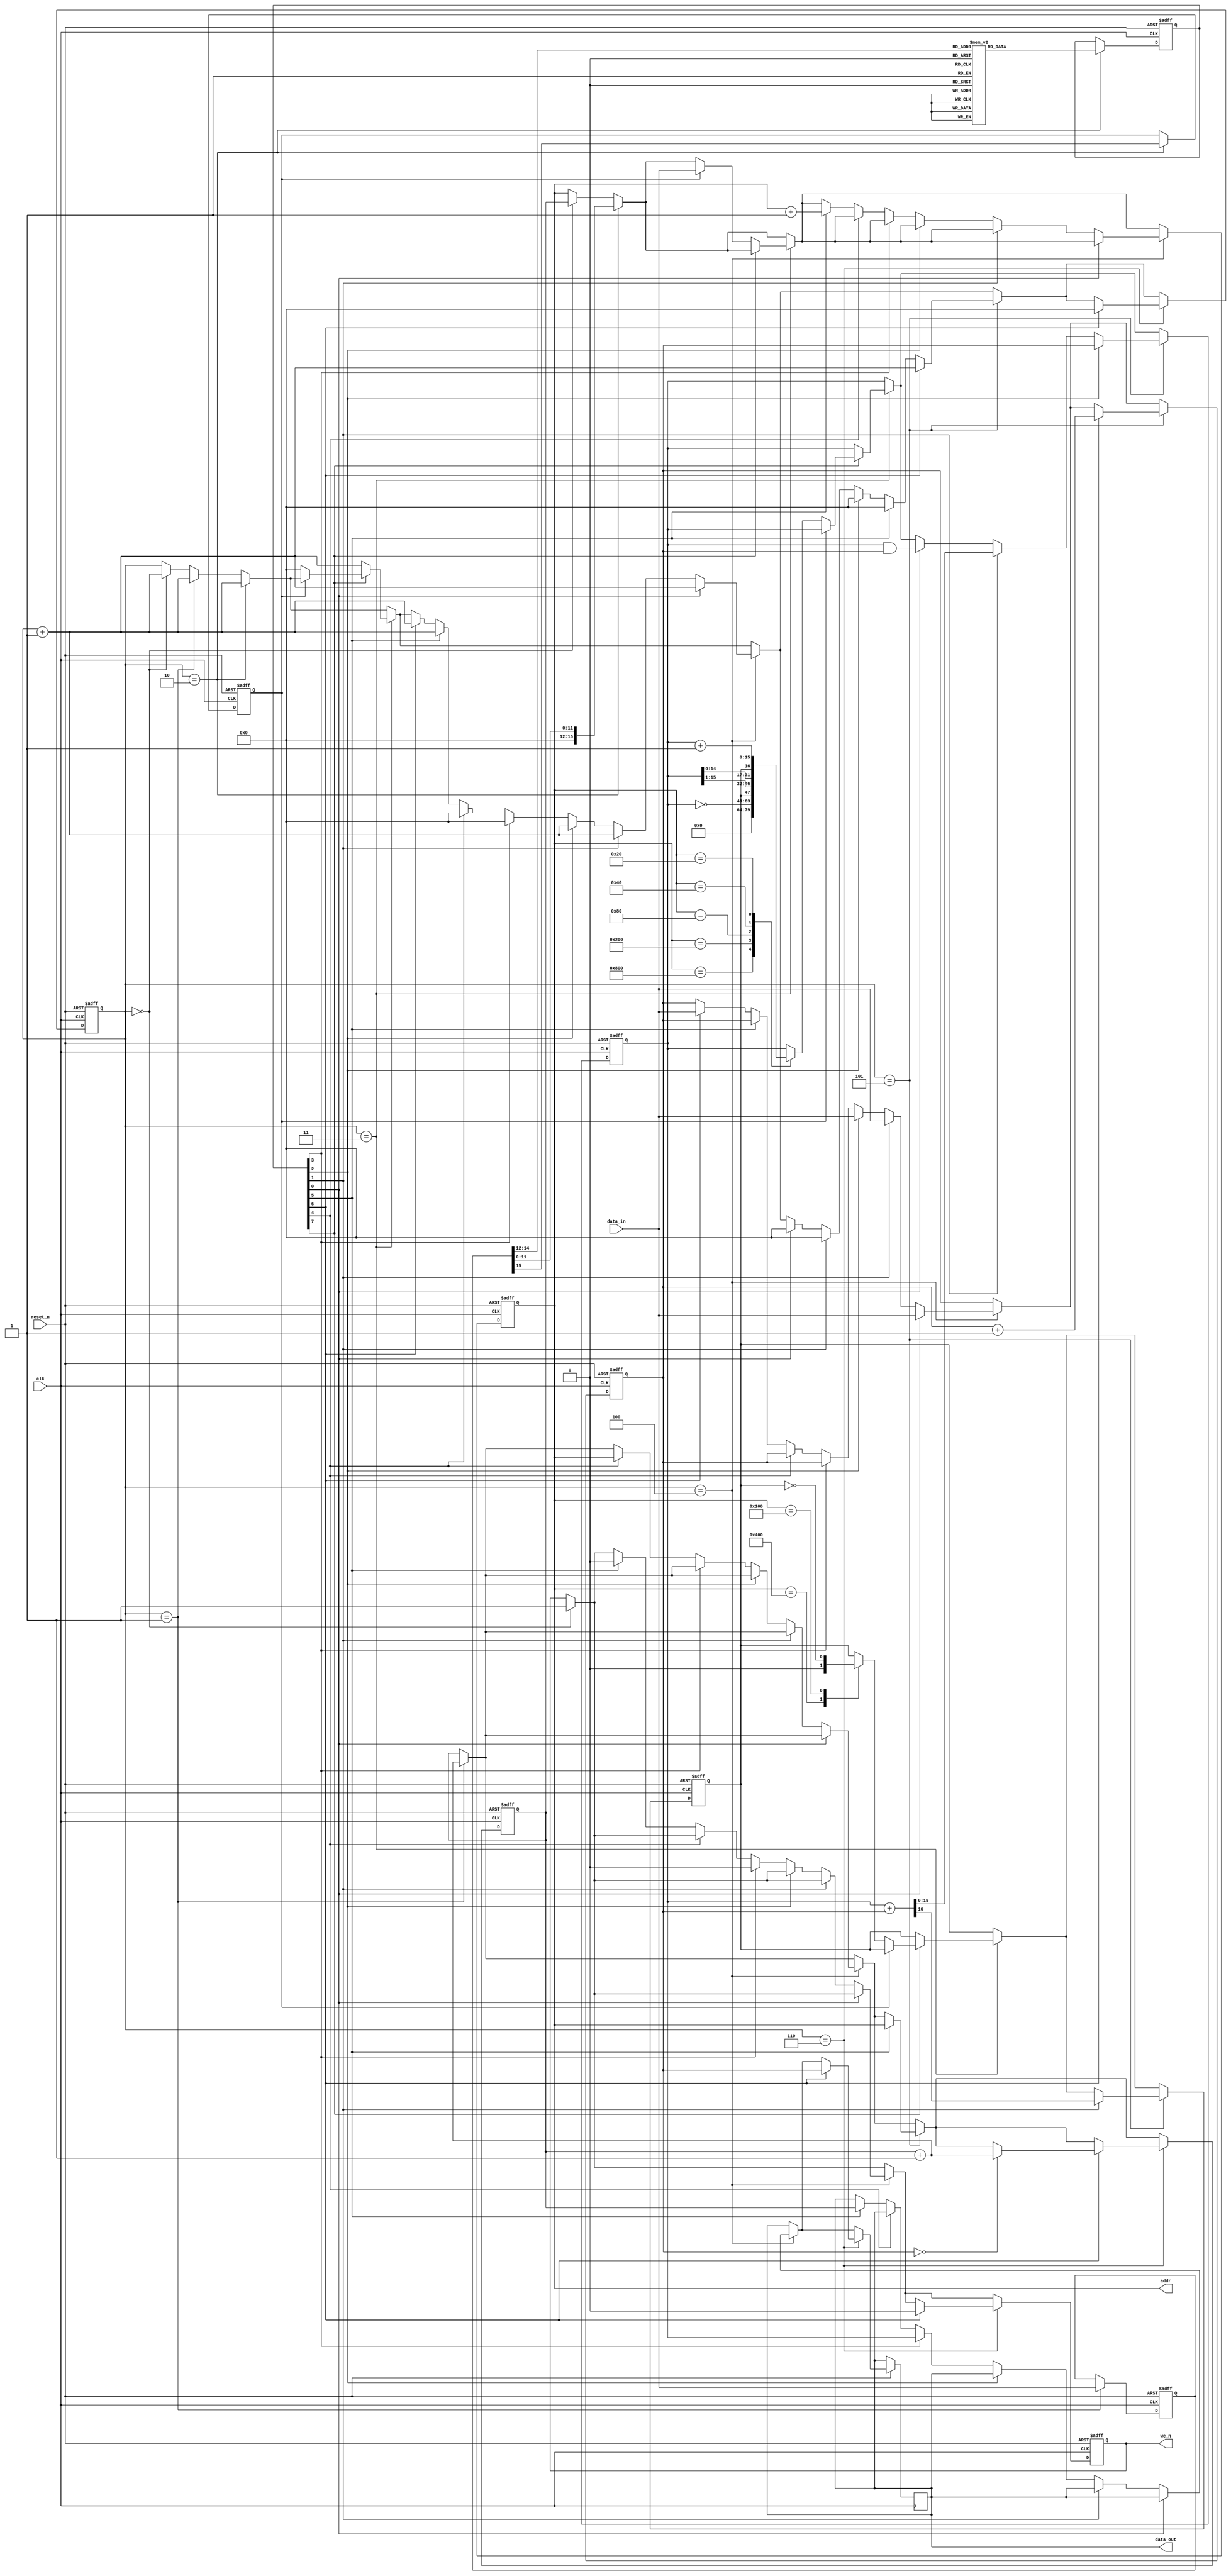
module cpu
#(
    parameter ADDR_WIDTH = 16,
    parameter DATA_WIDTH = 16
)
(
    input clk,
    input reset_n,
    input [DATA_WIDTH-1:0] data_in,
    output [ADDR_WIDTH-1:0] addr,
    output [DATA_WIDTH-1:0] data_out,
    output we_n
);
   
//define reg here
reg [15:0] AR, DR, IR, PC, AC;
reg I, E, r_we_n;
reg [7:0] D;
reg [3:0] SC;
reg [15:0] r_data_out;
//define reg done.

//assign here. make sure that you have to assign your output and reg.
assign we_n = r_we_n;
assign addr = AR; 
assign data_out = r_data_out;
//assign end.

always @(posedge clk or negedge reset_n)begin

if(!reset_n)begin
//initialize registers.
    AR <= 16'd0;
    DR <= 16'd0;
    IR <= 16'd0;
    PC <= 16'd0;
    AC <= 16'd0;
    I <= 1'b0;
    E <= 1'b0;
    D <= 4'd0;
    SC <= 4'd0;
    r_we_n <= 1'b1; //defalt : read
end
else begin

    if(SC == 4'b0000)begin //T0
        r_we_n <= 1'b1; //defalt : read
        AR <= PC;
        SC <= SC + 1;
    end
    
    if(SC == 4'b0001)begin //T1
        IR <= data_in;
        PC <= PC + 1;
        SC <= SC + 1;
    end
    
    if(SC == 4'b0010)begin //T2
        I <= IR[15];
        AR <= IR[11:0];
        case(IR[14:12]) //decoder
            3'b000 : D <= 8'b00000001;
            3'b001 : D <= 8'b00000010;
            3'b010 : D <= 8'b00000100;
            3'b011 : D <= 8'b00001000;
            3'b100 : D <= 8'b00010000;
            3'b101 : D <= 8'b00100000;
            3'b110 : D <= 8'b01000000;
            3'b111 : D <= 8'b10000000;
            default : D <= 8'b00000000;
        endcase
        SC <= SC + 1;   
    end
    
    if(SC == 4'b0011)begin //T3
    
        if(D[7] == 1'b0)begin //memory reference instructions
            if(I == 1'b0)begin //direct addressing mode
                SC <= SC + 1;
            end 
            else if(I == 1'b1)begin
                AR <= data_in;
                SC <= SC + 1;
            end
        end
        else if(D[7] == 1'b1)begin //register reference instructions
            if(I == 1'b0)begin
                case(AR)
                    16'h800 : AC <= 16'd0;        //CLA
                    16'h400 : E <= 1'b0;          //CLE
                    16'h200 : AC <= ~AC;          //CMA
                    16'h100 : E <= ~E;            //CME
                    16'h080 : AC <= {E,AC[15:1]}; //CIR
                    16'h040 : AC <= {AC[14:0],E}; //CIL
                    16'h020 : AC <= AC + 1;       //INC
                endcase
                SC <= 0;
            end
            else if(I == 1'b1)begin
                //input-output instructions
            end
        end
    end
    
    if(SC == 4'b0100)begin //T4
        if(D[0] == 1'b1)begin //AND
            DR <= data_in;
            SC <= SC + 1;
        end
        else if(D[1] == 1'b1)begin //ADD
            DR <= data_in;
            SC <= SC + 1;
        end
        else if(D[2] == 1'b1)begin //LDA
            DR <= data_in;
            SC <= SC + 1;
        end
        else if(D[3] == 1'b1)begin //STA
            r_we_n <= 1'b0; //write enable
            r_data_out <= AC;
            SC <= 0;
        end
        else if(D[4] == 1'b1)begin //BUN
            PC <= AR;
            SC <= 0;
        end
        else if(D[5] == 1'b1)begin //BSA
            r_we_n <= 1'b0; //write enable
            r_data_out <= PC;
            AR <= AR + 1;
            SC <= SC + 1;
        end
        else if(D[6] == 1'b1)begin //ISZ
            DR <= data_in;
            SC <= SC + 1;
        end
    end
    
    if(SC == 4'b0101)begin //T5
        if(D[0] == 1'b1)begin //AND
            AC <= AC & DR;
            SC <= 0;
        end
        if(D[1] == 1'b1)begin //ADD
            {E, AC} <= AC + DR; //E for carry out
            SC <= 0;
        end
        if(D[2] == 1'b1)begin //LDA
            AC <= DR;
            SC <= 0;
        end
        if(D[5] == 1'b1)begin //BSA
            PC <= AR;
            SC <= 0;
        end
        if(D[6] == 1'b1)begin //ISZ
            DR <= DR + 1;
            SC <= SC + 1;
        end
    end
    
    if(SC == 4'b0110)begin //T6
        if(D[6] == 1'b1)begin //ISZ
            r_we_n <= 1'b0; //write enable
            r_data_out <= DR;
            if(DR == 0)begin
                PC <= PC + 1;
            end
            SC <= 0;
        end
    end

end //else

end //always

endmodule